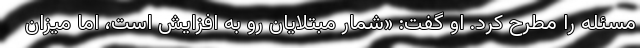
مسئله را مطرح کرد. او گفت: «شمار مبتلایان رو به افزایش است، اما میزان